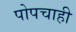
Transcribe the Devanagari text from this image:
पोपचाही